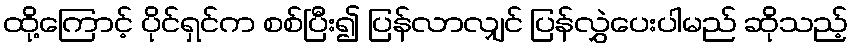
ထို့ကြောင့် ပိုင်ရှင်က စစ်ပြီး၍ ပြန်လာလျှင် ပြန်လွှဲပေးပါမည် ဆိုသည့်